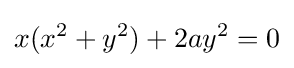
x(x^{2}+y^{2})+2ay^{2}=0